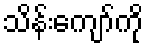
သိန်းကျော်ကို